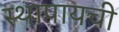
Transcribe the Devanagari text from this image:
स्थापायची